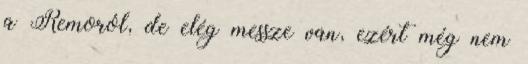
a Remoról, de elég messze van, ezért még nem